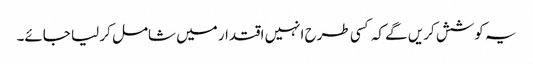
یہ کوشش کریں گے کہ کسی طرح انہیں اقتدار میں شامل کر لیا جائے۔